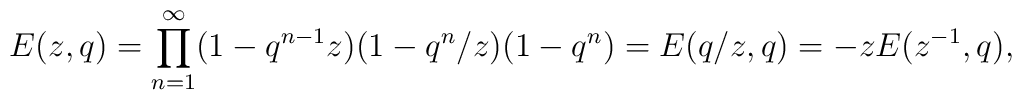
E(z,q)=\prod_{n=1}^{\infty}(1-q^{n-1}z)(1-q^n/z)(1-q^n)=E(q/z,q)=-zE(z^{-1},q),